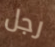
رجل